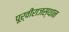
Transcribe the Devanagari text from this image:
पूर्वीराजस्थान